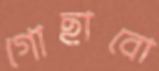
গোছাবো